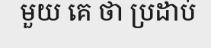
មួយ គេ ថា ប្រដាប់